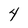
Character: 4